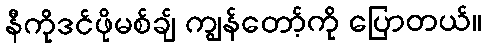
နီကိုဒင်ဖိုမစ်ချ် ကျွန်တော့်ကို ပြောတယ်။